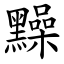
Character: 䵲